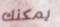
يمكنك